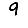
Digit: 9